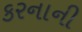
કરનાની